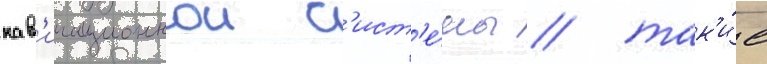
нав'игационнои с'ист'е́мы / так'и́е